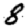
Digit: 8